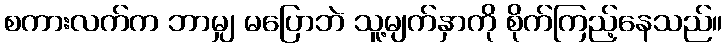
စကားလက်က ဘာမျှ မပြောဘဲ သူ့မျက်နှာကို စိုက်ကြည့်နေသည်။